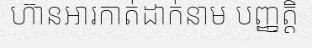
ហ៊ានអារកាត់ដាក់នាម បញ្ញត្តិ